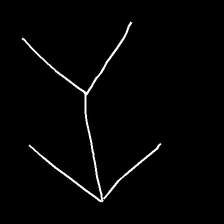
Glyph: gather